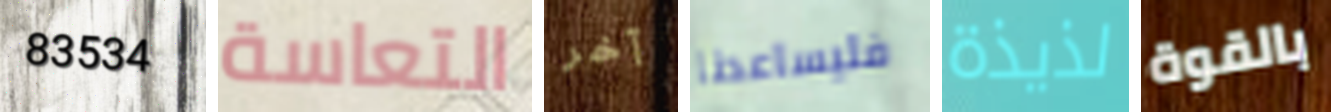
83534 التعاسة آخر فليساعدنا لذيذة بالقوة